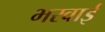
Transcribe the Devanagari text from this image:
भरवाई